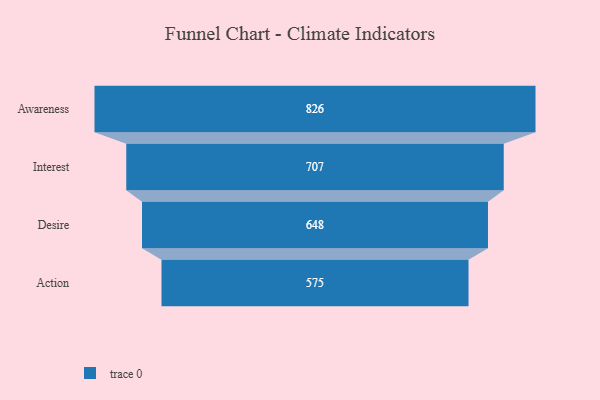
{"axis": {"x": "Stage", "y": "Value"}, "legend": [""], "data": [{"x": "Awareness", "y": 826.0, "type": ""}, {"x": "Interest", "y": 707.0, "type": ""}, {"x": "Desire", "y": 648.0, "type": ""}, {"x": "Action", "y": 575.0, "type": ""}]}